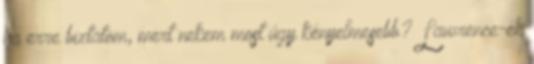
ha erre biztatom, mert nekem most úgy kényelmesebb? Lawrence-ék